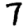
Digit: 7